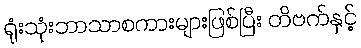
ရုံးသုံးဘာသာစကားများဖြစ်ပြီး တိဗက်နှင့်